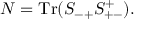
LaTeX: N = \mathrm { T r } ( S _ { - + } S _ { + - } ^ { + } ) .